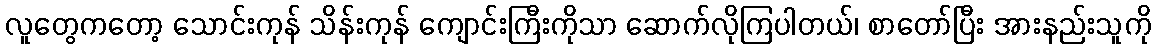
လူတွေကတော့ သောင်းကုန် သိန်းကုန် ကျောင်းကြီးကိုသာ ဆောက်လိုကြပါတယ်၊ စာတော်ပြီး အားနည်းသူကို